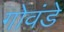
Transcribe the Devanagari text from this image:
गोवंडे